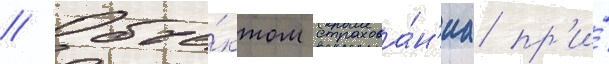
// Объе́ктом страхова́н'иа пр'и́